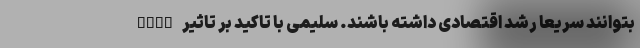
بتوانند سریعا رشد اقتصادی داشته باشند. سلیمی با تاکید بر تاثیر FATF